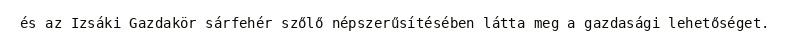
és az Izsáki Gazdakör sárfehér szőlő népszerűsítésében látta meg a gazdasági lehetőséget.